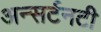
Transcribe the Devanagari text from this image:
अन्सर्टनटी